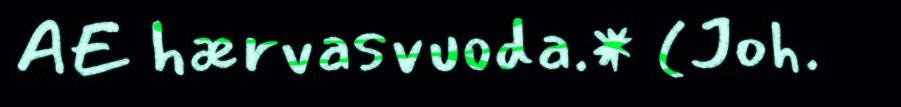
AE hærvasvuoda.* (Joh.